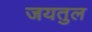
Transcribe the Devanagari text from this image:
जयतुल